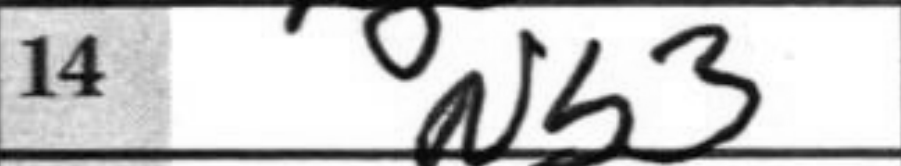
Transcription: Nb3